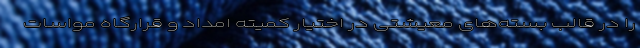
را در قالب بسته‌های معیشتی در اختیار کمیته امداد و قرارگاه مواسات